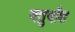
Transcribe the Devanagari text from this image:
चतुर्यांश